Report on the lunatic asylums under the Government of Bombay - 1904-1913
Year: 1904
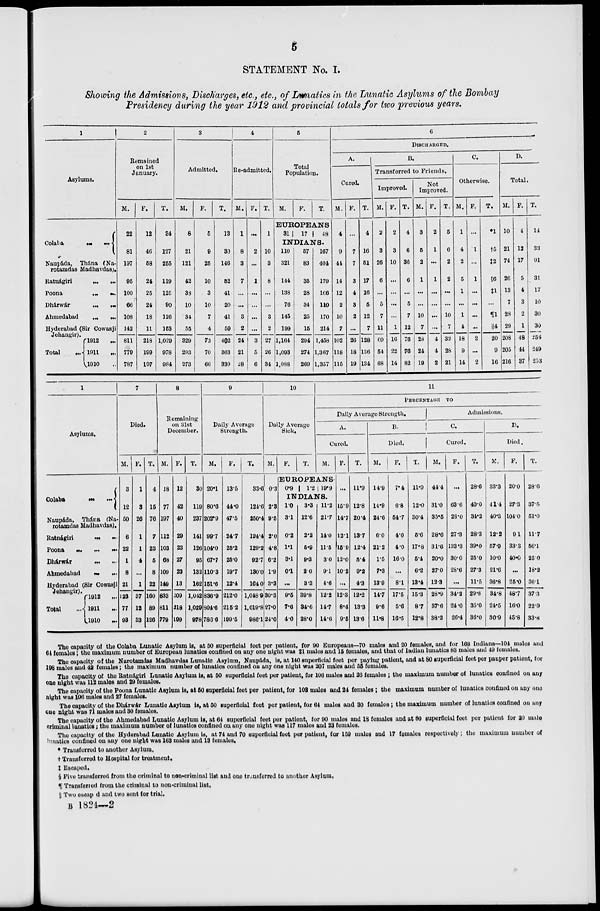
5
STATEMENT No. I.
Showing the Admissions, Discharges, etc., etc., of Lunatics in the Lunatic Asylums of the Bombay
Presidency during the year 1912 and provincial totals for two previous years.
1
Asylums.
Colaba ... ...
Naupáda, Thána (Na-
rotamdas Madhavdas).
Ratnágiri ... ...
Poona
...
...
Dhárwár ... ...
Ahmedabad ... ...
Hyderabad (Sir Cowasji
Jehangir).
Total
...
1912
...
1911 ...
1910 ...
2
Remained
on 1st
January.
M.
22
81
197
95
100
66
108
142
811
779
787
F.
12
46
58
24
25
24
18
11
218
199
197
T.
34
127
255
119
125
90
126
153
1,029
978
984
3
Admitted.
M.
8
21
121
42
38
10
34
55
329
293
273
F.
5
9
25
10
3
10
7
4
73
70
66
T.
13
30
146
52
41
20
41
59
402
363
339
4
Re-admitted.
M.
1
8
3
7
...
...
3
2
24
21
28
F.
...
2
...
1
...
...
...
...
3
5
6
T.
1
10
3
8
...
...
3
2
27
26
34
5
Total
Population.
M.
F.
T.
EUROPEANS
31
17
48
INDIANS.
110
321
144
138
76
145
199
1,164
1,093
1,088
57
83
35
28
34
25
15
294
274
269
167
404
179
l66
110
170
214
1,458
1,367
1,357
6
DISCHARGED.
A.
Cured.
M.
4
9
44
14
12
2
10
7
102
118
115
F.
...
7
7
3
4
3
2
...
26
18
19
T.
4
16
51
17
16
5
12
7
128
136
134
B.
Transferred to Friends.
Improved.
M.
2
3
26
6
...
5
7
11
60
54
68
F.
2
3
10
...
...
...
...
1
16
22
14
T.
4
6
36
6
...
5
7
12
76
76
82
Not
Improved.
M.
3
5
2
1
...
...
10
7
28
24
19
F.
2
1
...
1
...
...
...
...
4
4
2
T.
5
6
2
2
...
...
10
7
32
28
21
C.
Otherwise.
M.
1
4
2
5
1
...
1
4
18
9
14
F.
...
1
...
1
...
...
...
...
2
...
2
T.
*1
†5
‡2
§6
‡1
...
¶1
║4
20
9
16
D.
Total.
M.
10
21
74
26
13
7
28
29
208
205
216
F.
4
12
17
5
4
3
2
1
48
44
37
T.
14
33
91
31
17
10
30
30
256
249
253
1
Asylums.
Colaba ... ...
Naupáda, Thána (Na-
rotamdas Madhavdas).
Ratnágiri ... ...
Poona
...
...
...
Dhárwár ... ...
Ahmedabad ... ...
Hyderabad (Sir Cowasji
Jehangir).
Total
...
1912
...
1911 ...
1910 ...
7
Died.
M.
3
12
50
6
22
1
8
21
123
77
93
F.
1
3
26
1
1
4
...
1
37
12
33
T.
4
15
76
7
23
5
8
22
160
89
126
8
Remaining
on 31st
December.
M.
18
77
197
112
103
68
109
149
833
811
779
F.
12
42
40
29
23
27
23
13
209
218
199
T.
30
119
237
141
126
95
132
162
1,042
1,029
978
9
Daily Average
Strength.
M.
20.1
80.6
202.9
99.7
104.0
67.7
110.3
151.6
836.9
804.6
786.6
F.
13.5
44.0
47.5
24.7
25.2
25.0
19.7
12.4
212.0
215.2
199.5
T.
33.6
124.6
250.4
124.4
129.2
92.7
130.0
164.0
1,048.9
1,019.8
986.1
10
Daily Average
Sick.
M.
0.3
2.3
9.5
2.0
4.8
6.2
1.9
3.3
30.3
27.0
24.0
F.
T.
11
PERCENTAGE TO
Daily Average Strength.
A.
Cured.
M.
EUROPEANS
0.9
1.2 19.9
INDIANS.
1.0
3.1
0.2
1.1
3.1
0.1
...
9.5
7.6
4.0
3.3
12.6
2.2
5.9
9.3
2.0
3.3
39.8
34.6
28.0
11.2
21.7
14.0
11.5
3.0
9.1
4.6
12.2
14.7
14.6
F.
...
15.9
14.7
12.1
15.9
12.0
10.2
...
12.3
8.4
9.5
T.
11.9
12.8
20.4
13.7
12.4
5.4
9.2
4.3
12.2
13.3
13.6
B.
Died.
M.
14.9
14.9
24.6
6.0
21.2
1.5
7.3
13.9
14.7
9.6
11.8
F.
7.4
6.8
54.7
4.0
4.0
16.0
...
8.1
17.5
5.6
16.5
T.
11.9
12.0
30.4
5.6
17.8
5.4
6.2
13.4
15.3
8.7
12.8
Admissions.
C.
Cured.
M.
44.4
31.0
35.5
28.6
31.6
20.0
27.0
12.3
28.9
37.6
38.2
F.
...
63.6
28.0
27.3
133.3
30.0
28.6
...
34.2
24.0
26.4
T.
28.6
40.0
34.2
28.3
39.0
25.0
27.3
11.5
29.8
35.0
36.0
D.
Died.
M.
33.3
41.4
40.3
12.2
57.9
10.0
21.6
36.8
34.8
24.5
30.9
F.
20.0
27.3
104.0
9.1
33.3
40.0
...
25.0
48.7
16.0
45.8
T.
28.6
37.5
51.0
11.7
56.1
25.0
18.2
36.1
37.3
22.9
33.8
The capacity of the Colaba Lunatic Asylum is, at 50 superficial feet per patient, for 90 Europeans—70 males and 20 females, and for 168 Indians—104 males and
64 females; the maximum number of European lunatics confined on any one night was 21 males and 15 females, and that of Indian lunatics 83 males and 49 females.
The capacity of the Narotamdas Madhavdas Lunatic Asylum. Naupáda, is, at 140 superficial feet per paying patient, and at 80 superficial feet per pauper patient, for
198 males and 42 females; the maximum number of lunatics confined on any one night was 207 males and 55 females.
The capacity of the Ratnágiri Lunatic Asylum is, at 50 superficial feet per patient, for 106 males and 26 females; the maximum number of lunatics confined on any
one night was 112 males and 29 females.
The capacity of the Poona Luuatic Asylum is, at 50 superficial feet per patient, for 108 males and 24 females; the maximum number of lunatics confined on any one
night was 106 males and 27 females.
The capacity of the Dhárwár Lunatic Asylum is, at 50 superficial feet per patient, for 64 males and 30 females; the maximum number of lunatics confined on any
one night was 71 males and 80 females.
The capacity of the Ahmedabad Lunatic Asylum is, at 64 superficial feet per patient, for 90 males and 18 females and at 80 superficial feet per patient for 20 male
criminal lunatics; the maximum number of lunatics confined on any one night was 117 males and 23 females.
The capacity of the Hyderabad Lunatic Asylum is, at 74 and 70 superficial feet per patient, for 150 males and 17 females respectively; the maximum number of
lunatics confined on any one night was 163 males and 13 females.
* Transferred to another Asylum.
† Transferred to Hospital for treatment.
‡ Escaped.
§ Five transferred from the criminal to non-criminal list and one transferred to another Asylum.
¶ Transferred from the criminal to non-criminal list,
║ Two escaped and two sent for trial,
B 1824—2